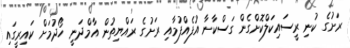
ރަށުގެ ކުނި ރީސައިކަލްކޮށްގެން ގަސްކާނާ އުފެއްފުމާއި ރަށުގެ ރައްޔިތުން އާމްދަނީ ހޯދުމަށް ކައިރީގައި